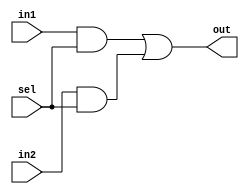
 
module mux_struct(out, in1,in2,sel );  //you list all inputs and outputs, by convention outputs go first
output out;                          // this tells the compile which lines are inputs and outputs 
input in1,in2,sel;
wire a1_0,a2_o,inv_sel;
and a1 (a1_o,in1,sel);         // defines the a1 gate, see figure
not n1 (inv_sel,sel);         // defines the inverter gate, see figure
and a2 (a2_o,in2,sel);         // defines the a2 gate, see figure
or  o1 (out, a1_o, a2_o);         // defines the 01 gate, see figure

endmodule